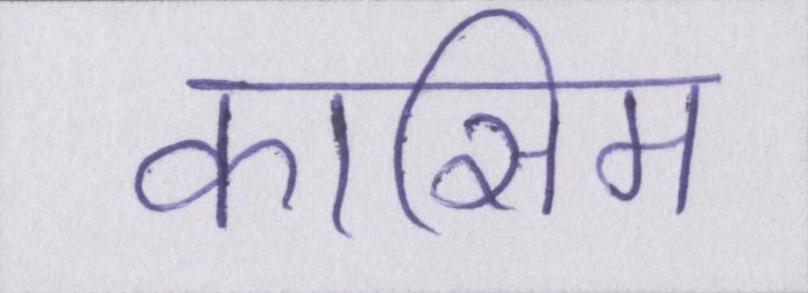
कासिम